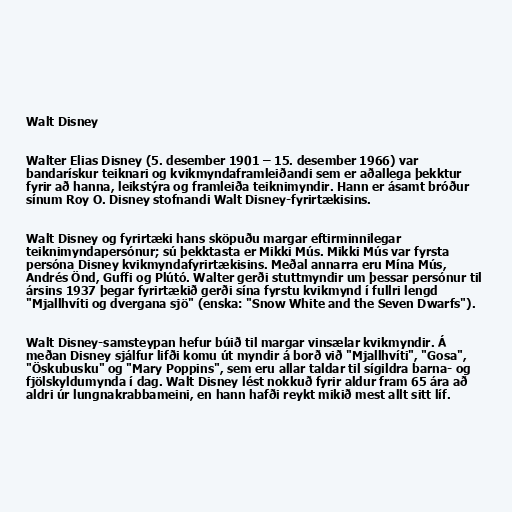
Walt Disney

Walter Elias Disney (5. desember 1901 – 15. desember 1966) var
bandarískur teiknari og kvikmyndaframleiðandi sem er aðallega þekktur
fyrir að hanna, leikstýra og framleiða teiknimyndir. Hann er ásamt bróður
sínum Roy O. Disney stofnandi Walt Disney-fyrirtækisins.

Walt Disney og fyrirtæki hans sköpuðu margar eftirminnilegar
teiknimyndapersónur; sú þekktasta er Mikki Mús. Mikki Mús var fyrsta
persóna Disney kvikmyndafyrirtækisins. Meðal annarra eru Mína Mús,
Andrés Önd, Guffi og Plútó. Walter gerði stuttmyndir um þessar persónur til
ársins 1937 þegar fyrirtækið gerði sína fyrstu kvikmynd í fullri lengd
"Mjallhvíti og dvergana sjö" (enska: "Snow White and the Seven Dwarfs").

Walt Disney-samsteypan hefur búið til margar vinsælar kvikmyndir. Á
meðan Disney sjálfur lifði komu út myndir á borð við "Mjallhvíti", "Gosa",
"Öskubusku" og "Mary Poppins", sem eru allar taldar til sígildra barna- og
fjölskyldumynda í dag. Walt Disney lést nokkuð fyrir aldur fram 65 ára að
aldri úr lungnakrabbameini, en hann hafði reykt mikið mest allt sitt líf.